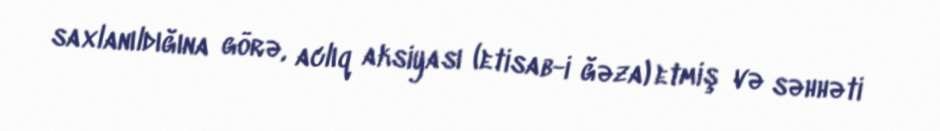
saxlanıldığına görə, aclıq aksiyası (etisab-i ğəza) etmiş və səhhəti